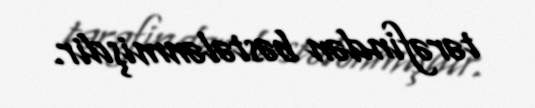
tərəfindən bəstələnmişdir.